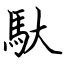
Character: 馱